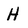
Character: H